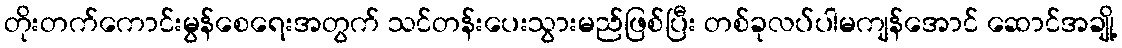
တိုးတက်ကောင်းမွန်စေရေးအတွက် သင်တန်းပေးသွားမည်ဖြစ်ပြီး တစ်ခုလပ်ပါမကျန်အောင် ဆောင်အချို့